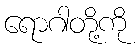
ရောဂါတို့ကို